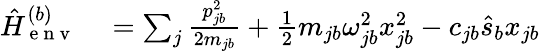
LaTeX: \begin{array}{rl}{\hat{H}_{\mathrm{~e~n~v~}}^{(b)}}&{{}=\sum_{j}\frac{p_{jb}^{2}}{2m_{jb}}+\frac{1}{2}m_{jb}\omega_{jb}^{2}x_{jb}^{2}-c_{jb}\hat{s}_{b}x_{jb}}\end{array}